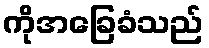
ကိုအခြေခံသည်